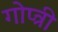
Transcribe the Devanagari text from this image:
गोप्त्री